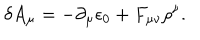
LaTeX: \delta A _ { \mu } = - { \partial _ { \mu } \epsilon _ { 0 } } + F _ { \mu \nu } \rho ^ { \nu } .